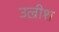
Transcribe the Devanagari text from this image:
उल्रीश